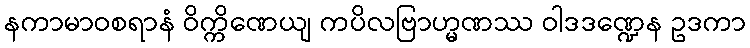
နကာမာဝစရာနံ ဝိက္ကိဏေယျ ကပိလဗြာဟ္မဏဿ ဝါဒဒဏ္ဍေန ဥဒကာ